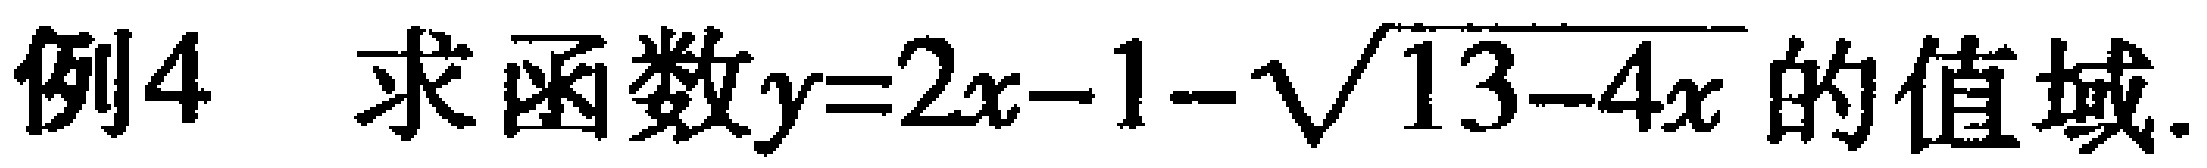
例4 求函数\(y = 2x - 1 - \sqrt{13 - 4x}\)的值域.